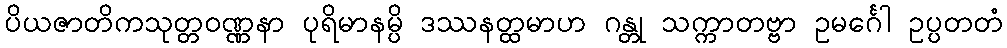
ပိယဇာတိကသုတ္တဝဏ္ဏနာ ပုရိမာနမ္ပိ ဒဿနတ္ထမာဟ ဂန္တု သက္ကာတဗ္ဗာ ဥမင်္ဂေါ ဥပ္ပတတံ